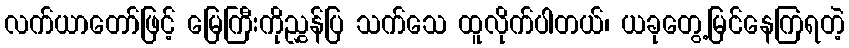
လက်ယာတော်ဖြင့် မြေကြီးကိုညွှန်ပြ သက်သေ ထူလိုက်ပါတယ်၊ ယခုတွေ့မြင်နေကြရတဲ့